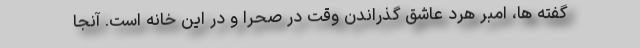
گفته ها، امبر هرد عاشق گذراندن وقت در صحرا و در این خانه است. آنجا